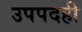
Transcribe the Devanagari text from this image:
उपपदही